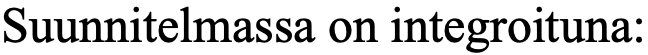
Suunnitelmassa on integroituna: